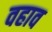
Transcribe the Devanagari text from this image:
वहाव